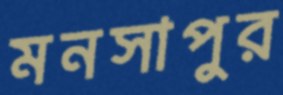
মনসাপুর